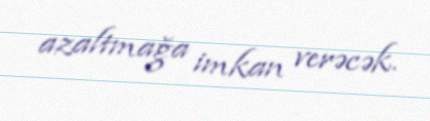
azaltmağa imkan verəcək.